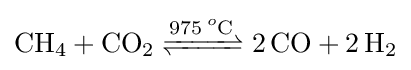
{\ce {CH4 + CO2 <=>[975^oC] 2CO + 2H2}}